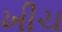
ખીચ